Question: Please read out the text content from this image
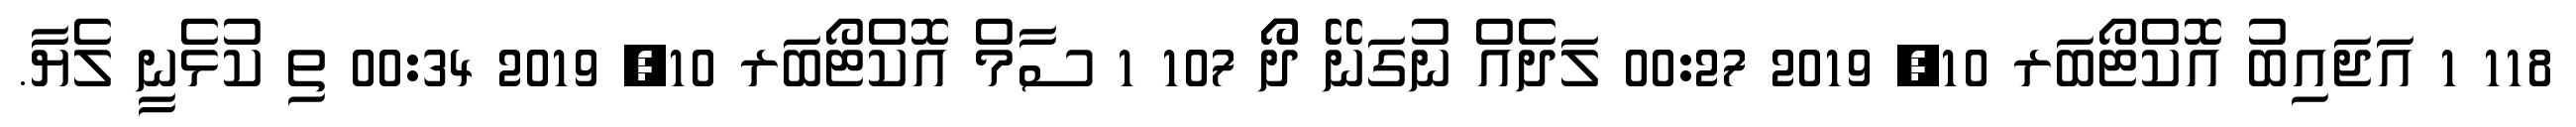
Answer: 118 1 އަޖައިބު އޮކްޓޯބަރ 10, 2019 00:27 ލަދެއް ނުގަނޭ ދޯޯ 107 1 ސާމް އޮކްޓޯބަރ 10, 2019 00:34 ތި ކުޅެނީ ލެޔާ.